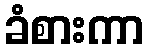
ခံစားကာ